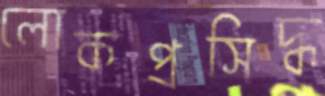
লোকপ্রসিদ্ধ